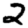
Digit: 2